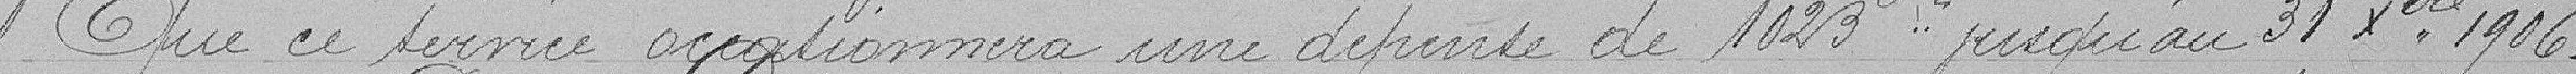
Que ce service occasionnera une dépense de 1023 francs jusqu'au 31 décembre 1906.